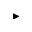
\blacktriangleright